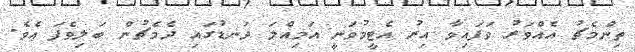
ތިންމެޗު އެއްވަރު ވަފައިވާ އިރު އެޓީމުވަނީ އަމިއްލަ ދަނޑުގައި ދެމެޗުން ބަލިވެފަ އެވެ.